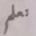
تعلم